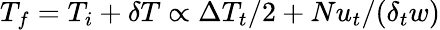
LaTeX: T_{f}=T_{i}+\delta T\propto\Delta T_{t}/2+Nu_{t}/(\delta_{t}w)